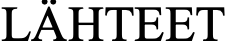
LÄHTEET